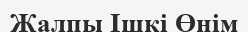
Жалпы Ішкі Өнім